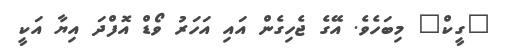
"ގީކް" މިބަހެވެ. އޭގެ ޖެހިގެން އައި އަހަރު ވޯޑް އޮފްދަ އިޔާ އަކީ